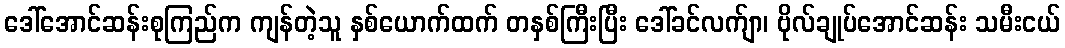
ဒေါ်အောင်ဆန်းစုကြည်က ကျန်တဲ့သူ နှစ်ယောက်ထက် တနှစ်ကြီးပြီး ဒေါ်ခင်လက်ျာ၊ ဗိုလ်ချုပ်အောင်ဆန်း သမီးငယ်